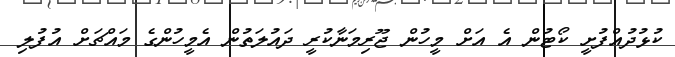
ކުޅުދުއްފުށީ ކޯޓުން އެ އަށް މީހުން ޖޫރިމަނާކުރީ ދައުލަތުން އެމީހުންގެ މައްޗަށް އުފުލި